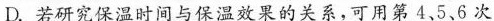
D.若研究保温时间与保温效果的关系，可用第4、5、6次